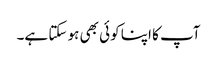
آپ کا اپنا کوئی بھی ہو سکتا ہے۔